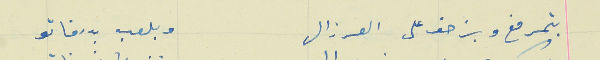
بتمرمغ وبزحف على العرزال                                وبلعب بدرفاتو